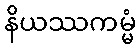
နိယဿကမ္မံ